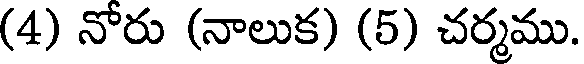
(4) నోరు (నాలుక) (5) చర్మము.